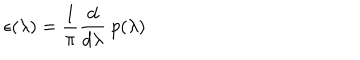
LaTeX: \epsilon ( \lambda ) = { \frac { 1 } { \pi } } { \frac { d } { d \lambda } } \ p ( \lambda )